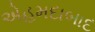
એહમદાબાદ